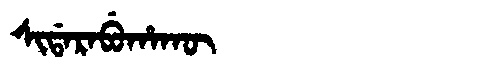
Manchu: ᠰᡳᡩᠠᡵᠠᠪᡠᡥᠠᡴᡡ
Romanization: SIDARABUHAKŪ